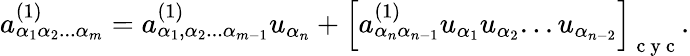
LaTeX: {a}_{\alpha_{1}\alpha_{2}...\alpha_{m}}^{(1)}={a}_{\alpha_{1},\alpha_{2}...\alpha_{m-1}}^{(1)}u_{\alpha_{n}}+\left[{a}_{\alpha_{n}\alpha_{n-1}}^{(1)}u_{\alpha_{1}}u_{\alpha_{2}}...u_{\alpha_{n-2}}\right]_{\mathrm{~c~y~c~}}.